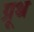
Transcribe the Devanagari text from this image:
ग्रूथ